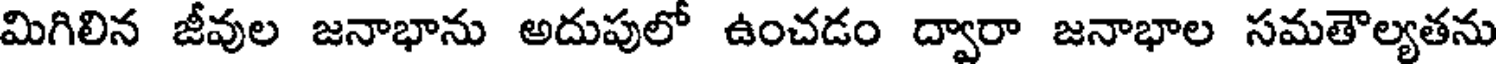
మిగిలిన జీవుల జనాభాను అదుపులో ఉంచడం ద్వారా జనాభాల సమతౌల్యతను